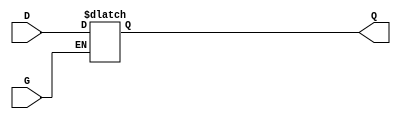
module gated_transparent_latch (
    input wire D,    // Data Input
    input wire G,    // Gate/Enable Signal
    output reg Q     // Output
);

// Always block to model the behavior of the gated latch
always @(*) begin
    if (G) begin
        // When G is high, Q follows D
        Q = D;
    end
    // When G is low, Q retains its last value (hold state)
end

endmodule